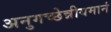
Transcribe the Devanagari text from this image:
अनुगच्छेन्नीयमानं